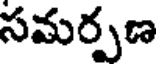
సమర్పణ